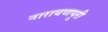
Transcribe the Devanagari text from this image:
नारायणपूरी